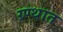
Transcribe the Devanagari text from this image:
ग्र्ण्थात